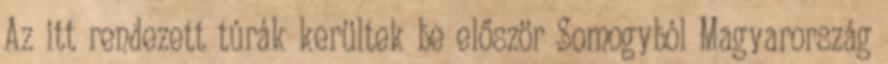
Az itt rendezett túrák kerültek be először Somogyból Magyarország